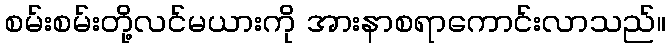
စမ်းစမ်းတို့လင်မယားကို အားနာစရာကောင်းလာသည်။